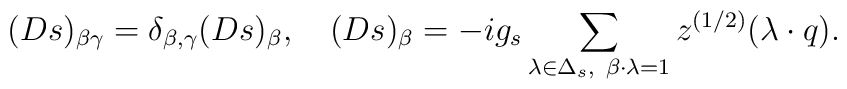
(Ds)_{\beta \gamma}= \delta_{\beta,\gamma}(Ds)_{\beta},\quad    (Ds)_{\beta}=-ig_s\sum_{\lambda\in\Delta_s,\    \beta\cdot\lambda=1}z^{(1/2)}(\lambda\cdot q).